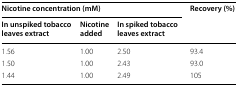
<table><thead><tr><td colspan="3"><b>Nicotine concentration (mM)</b></td><td rowspan="2"><b>Recovery (%)</b></td></tr><tr><td><b>In unspiked tobacco leaves extract</b></td><td><b>Nicotine added</b></td><td><b>In spiked tobacco leaves extract</b></td></tr></thead><tbody><tr><td>1.56</td><td>1.00</td><td>2.50</td><td>93.4</td></tr><tr><td>1.50</td><td>1.00</td><td>2.43</td><td>93.0</td></tr><tr><td>1.44</td><td>1.00</td><td>2.49</td><td>105</td></tr></tbody></table>